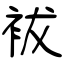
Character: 袚